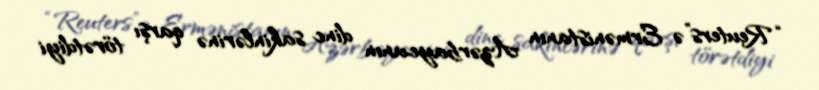
“Reuters”ə Ermənistanın Azərbaycanın dinc sakinlərinə qarşı törətdiyi